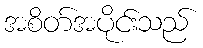
အစိတ်အပိုင်းသည်